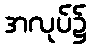
အလုပ်၌